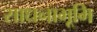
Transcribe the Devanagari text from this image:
साधनाभूमि